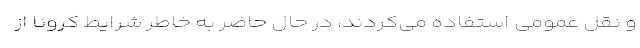
و نقل عمومی استفاده می‌کردند، در حال حاضر به خاطر شرایط کرونا از